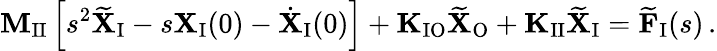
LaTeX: \mathbf{M}_{\mathrm{II}}\left[s^{2}\widetilde{\mathbf{X}}_{\mathrm{I}}-s\mathbf{X}_{\mathrm{I}}(0)-\dot{\mathbf{X}}_{\mathrm{I}}(0)\right]+\mathbf{K}_{\mathrm{IO}}\widetilde{\mathbf{X}}_{\mathrm{O}}+\mathbf{K}_{\mathrm{II}}\widetilde{\mathbf{X}}_{\mathrm{I}}=\widetilde{\mathbf{F}}_{\mathrm{I}}(s)\, .